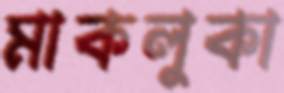
মাকলুকা